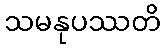
သမနုပဿတိ